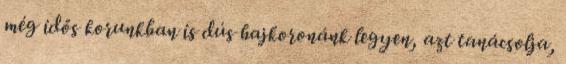
még idős korunkban is dús hajkoronánk legyen, azt tanácsolja,